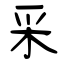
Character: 采